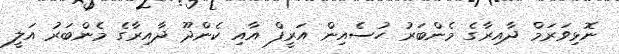
ނޮޅިވަރަމް ދާއިރާގެ މެންބަރު ހުސެއިން އަރީފް އާއި ކެންދޫ ދާއިރާގެ މެންބަރު އަލީ